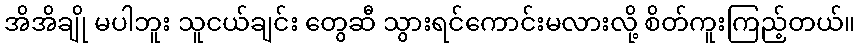
အိအိချို မပါဘူး သူငယ်ချင်း တွေဆီ သွားရင်ကောင်းမလားလို့ စိတ်ကူးကြည့်တယ်။